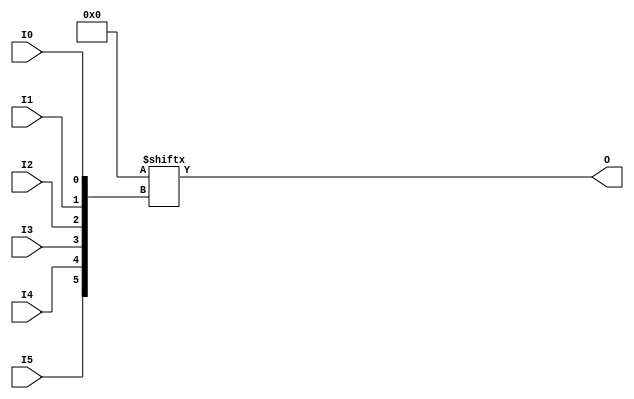
///////////////////////////////////////////////////////////////////////////////
// Copyright (c) 1995/2015 Xilinx, Inc.
// All Right Reserved.
///////////////////////////////////////////////////////////////////////////////
//   ____  ____
//  /   /\/   /
// /___/  \  /    Vendor : Xilinx
// \   \   \/     Version : 2015.4
//  \   \         Description : Xilinx Formal Library Component
//  /   /                  6 Inputs LUT
// /___/   /\     Filename : LUT6.v
// \   \  /  \
//  \___\/\___\
//
///////////////////////////////////////////////////////////////////////////////
// Revision:
//    04/01/08 - Initial version.
// End Revision
///////////////////////////////////////////////////////////////////////////////

`timescale  1 ps / 1 ps

`celldefine

module LUT6 (O, I0, I1, I2, I3, I4, I5);

    parameter [63:0] INIT = 64'h0000000000000000;

`ifdef XIL_TIMING //Simprim
 
  parameter LOC = "UNPLACED";

`endif

    input I0, I1, I2, I3, I4, I5;

    output O;


        assign O = INIT[{I5, I4, I3, I2, I1, I0}];


endmodule

`endcelldefine